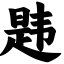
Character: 韪